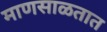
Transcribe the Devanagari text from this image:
माणसाळतात